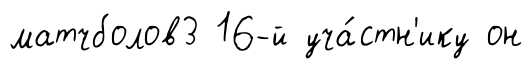
матчболов3 16-й уча́стн'ику он